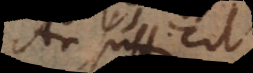
An sufficit